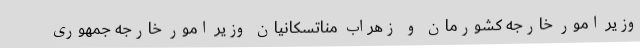
وزیر امور خارجه کشورمان و زهراب مناتسکانیان وزیر امور خارجه جمهوری